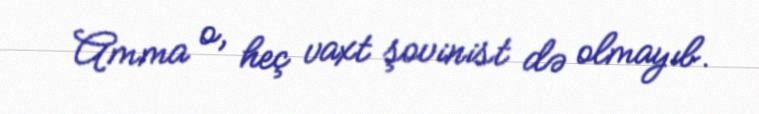
Amma o, heç vaxt şovinist də olmayıb.